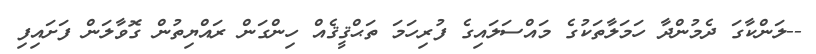
--ލަންކާގަ ދެމުންދާ ހަމަލާތަކުގެ މައްސަލައިގެ ފުރިހަމަ ތަޙްޤީޤެއް ހިންގަން ރައްޔިތުން ގޮވާލަން ފަށައިފި